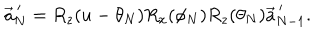
\vec { a } _ { N } ^ { \, \prime } = R _ { z } ( u - \theta _ { N } ) R _ { x } ( \phi _ { N } ) R _ { z } ( \theta _ { N } ) \vec { a } _ { N - 1 } ^ { \, \prime } .